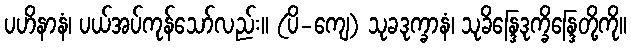
ပဟိနာနံ၊ ပယ်အပ်ကုန်သော်လည်း။ (ပိ-ကျေ) သုခဒုက္ခာနံ၊ သုခိန္ဒြေဒုက္ခိန္ဒြေတို့ကို။